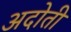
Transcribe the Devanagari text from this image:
अदोती